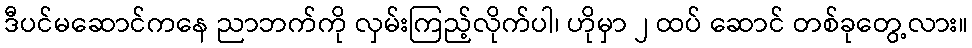
ဒီပင်မဆောင်ကနေ ညာဘက်ကို လှမ်းကြည့်လိုက်ပါ၊ ဟိုမှာ ၂ ထပ် ဆောင် တစ်ခုတွေ့လား။